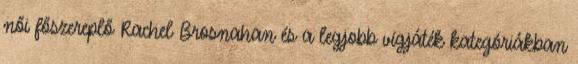
női főszereplő Rachel Brosnahan és a legjobb vígjáték kategóriákban